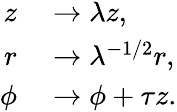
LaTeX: \begin{array}{rl}{z}&{{}\to\lambda z,}\\ {r}&{{}\to\lambda^{-1/2}r,}\\ {\phi}&{{}\to\phi+\tau z.}\end{array}